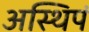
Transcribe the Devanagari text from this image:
अस्थिपं